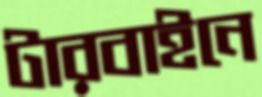
টারবাইনে